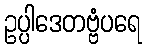
ဥပ္ပါဒေတဗ္ဗံပရေ